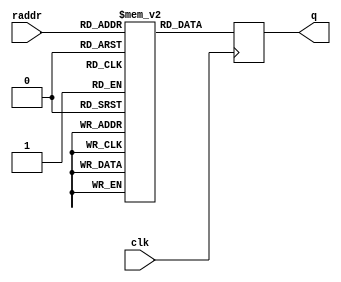
module rom(
	   input 		       clk,
	   input [ADDR_WIDTH - 1 : 0]  raddr,
	   output [DATA_WIDTH - 1 : 0] q
	   );
   
   parameter ADDR_WIDTH = 9;
   parameter DATA_WIDTH = 8;

   parameter INIT = 0;
   parameter FILE_NAME = "";
   parameter FILE_START = 0;
   parameter FILE_STOP = 1 << ADDR_WIDTH;
   
   localparam DEPTH = 1  << ADDR_WIDTH;
   
   reg [DATA_WIDTH - 1 : 0] 	       mem [DEPTH - 1 : 0];
   reg [DATA_WIDTH - 1 : 0] 	       _q = 0;
   
   initial
     begin
	if(INIT)
	  begin
	     $readmemh(FILE_NAME, mem, FILE_START, FILE_STOP - 1);
	  end
     end
   
   assign q = _q;
   
   always @ (posedge clk)
     begin
	_q <= mem[raddr];
     end // always @ (posedge clk)
   
endmodule